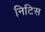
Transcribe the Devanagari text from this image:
निटिस